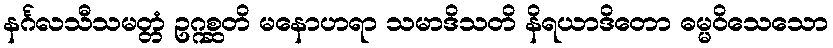
နင်္ဂလသီသမတ္တံ ဥဂ္ဂစ္ဆတိ မနောဟရာ သမာဒိသတိ နိရယာဒိတော ဓမ္မဝိသေသော